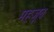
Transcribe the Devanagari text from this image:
महजूब